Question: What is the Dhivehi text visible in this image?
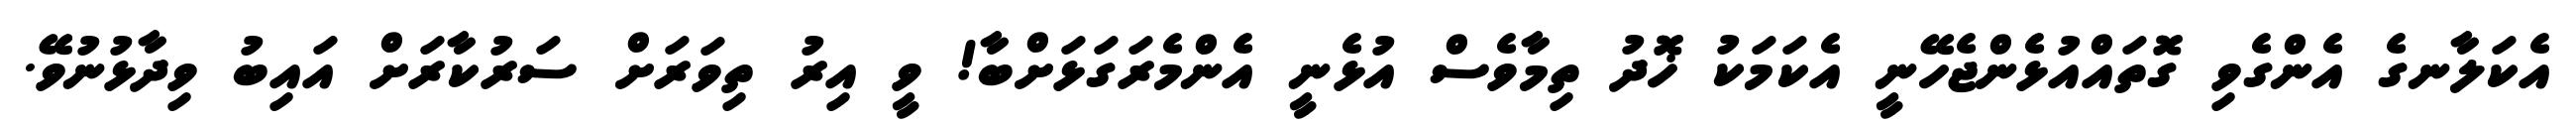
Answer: އެކަލާނގެ އެންގެވި ގޮތައްއުޅެންޖެހޭނީ އެކަމަކު ޚޮދު ތިމާވެސް އުޅެނީ އެންމެރަގަޅަށްބާ! ވީ އިރު ތިވަރަށް ސަރުކާރަށް އައިބު ވިދާޅުނުވޭ.